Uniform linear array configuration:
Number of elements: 4
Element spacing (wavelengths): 0.25
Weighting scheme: uniform
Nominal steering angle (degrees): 45
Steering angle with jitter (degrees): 46.494
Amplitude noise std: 0.05
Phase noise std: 0.05

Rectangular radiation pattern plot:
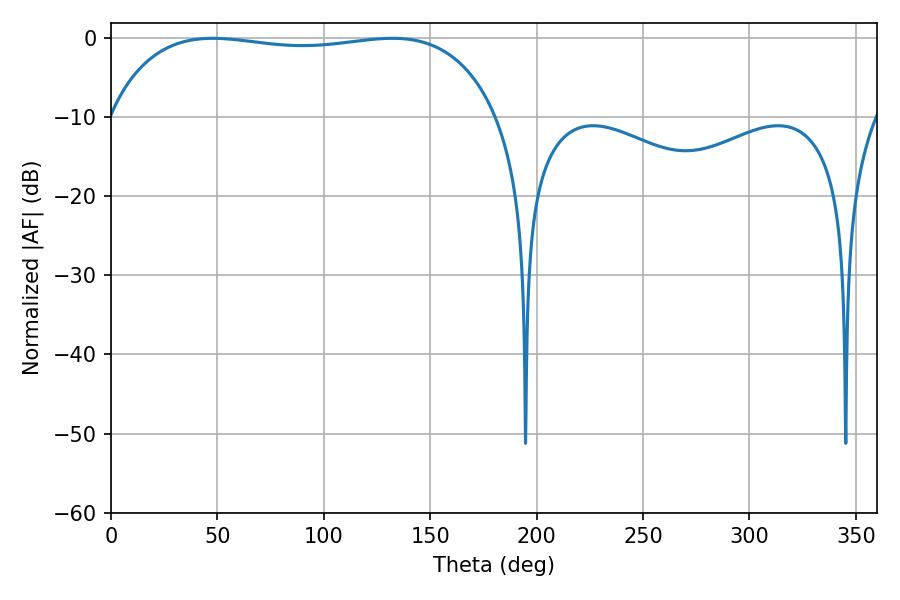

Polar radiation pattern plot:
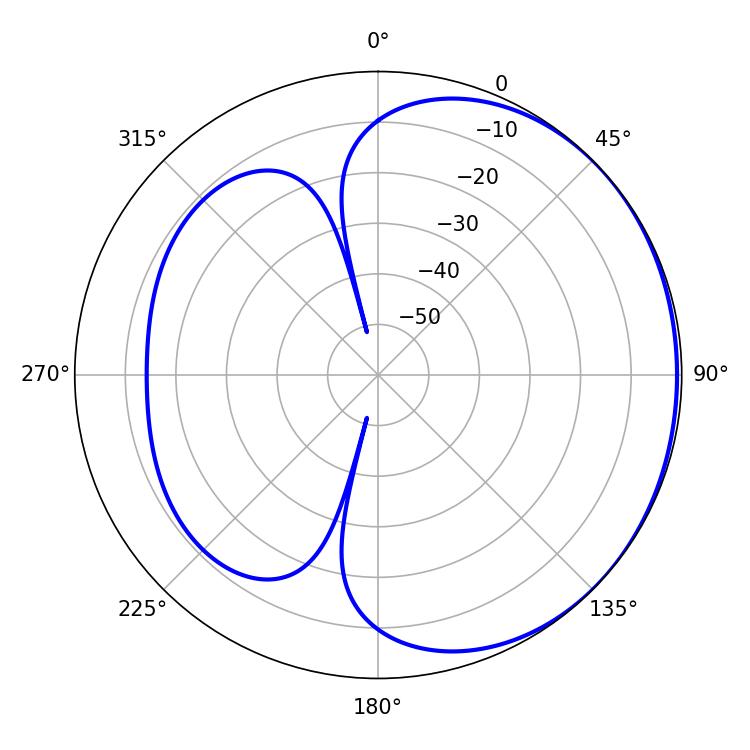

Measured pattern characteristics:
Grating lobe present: FALSE
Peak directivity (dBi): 0.9157
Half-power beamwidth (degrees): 146.52
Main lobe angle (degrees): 47.88